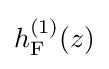
h_{\rm {F}}^{(1)}(z)